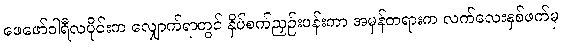
ဖေဖော်ဝါရီလပိုင်းက လျှောက်ရာတွင် နှိပ်စက်ညှဉ်းပန်းကာ အမှန်တရားက လက်လေးနှစ်ဖက်မှ